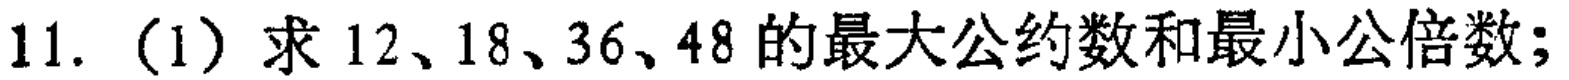
11. (1) 求 \(12、18、36、48\) 的最大公约数和最小公倍数；